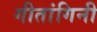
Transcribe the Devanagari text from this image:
गीतांगिनी